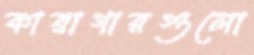
কারাগারগুলো